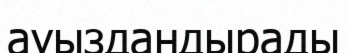
ауыздандырады